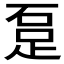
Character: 𨀂